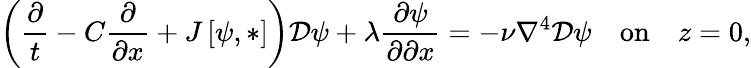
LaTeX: \left(\frac{\partial}{t}-C\frac{\partial}{\partial x}+J\left[\psi,*\right]\right)\mathcal{D}\psi+\lambda\frac{\partial\psi}{\partial\partial x}=-\nu\nabla^{4}\mathcal{D}\psi\quad\textrm{on}\quad z=0,